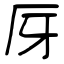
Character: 厊